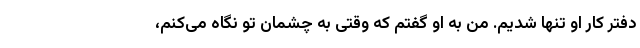
دفتر کار او تنها شدیم. من به او گفتم که وقتی به چشمان تو نگاه می‌کنم،